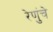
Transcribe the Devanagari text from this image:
रेणुंचे